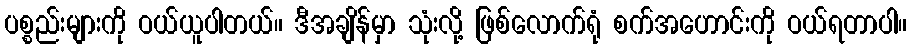
ပစ္စည်းများကို ဝယ်ယူပါတယ်။ ဒီအချိန်မှာ သုံးလို့ ဖြစ်လောက်ရုံ စက်အဟောင်းကို ဝယ်ရတာပါ။